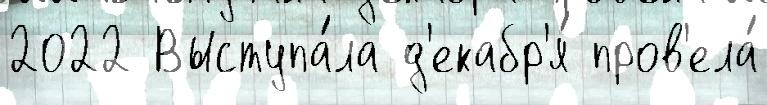
2022 Выступа́ла д'екабр'я́ пров'ела́